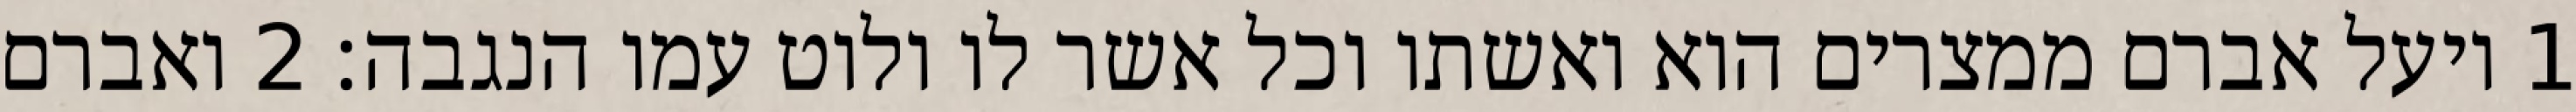
1 ויעל אברם ממצרים הוא ואשתו וכל אשר לו ולוט עמו הנגבה׃ ‎2‏ ואברם